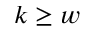
k \geq w